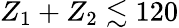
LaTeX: Z_{1}+Z_{2}\lesssim 120